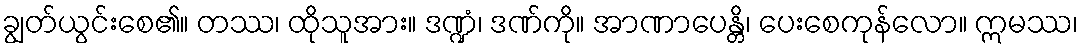
ချွတ်ယွင်းစေ၏။ တဿ၊ ထိုသူအား။ ဒဏ္ဍံ၊ ဒဏ်ကို။ အာဏာပေန္တိ၊ ပေးစေကုန်လော။ ဣမဿ၊